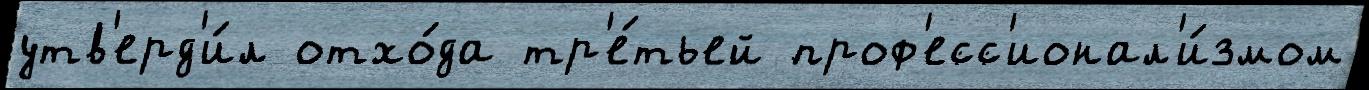
утв'ерд'и́л отхо́да тр'е́тьей проф'есс'ионал'и́змом